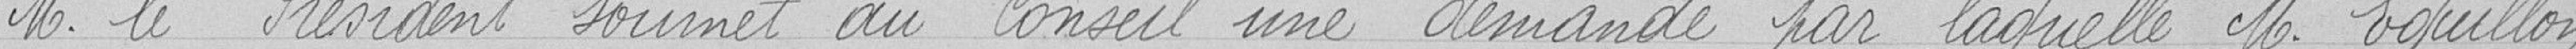
M. le Président soumet au Conseil une demande par laquelle M. Eguillon